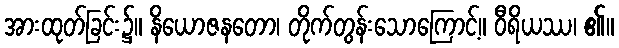
အားထုတ်ခြင်း၌။ နိယောဇနတော၊ တိုက်တွန်းသောကြောင့်။ ဝီရိယဿ၊ ၏။